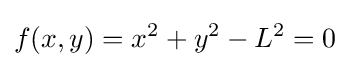
f(x,y)=x^{2}+y^{2}-L^{2}=0